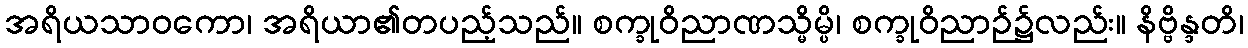
အရိယသာဝကော၊ အရိယာ၏တပည့်သည်။ စက္ခုဝိညာဏသ္မိမ္ပိ၊ စက္ခုဝိညာဉ်၌လည်း။ နိဗ္ဗိန္ဒတိ၊